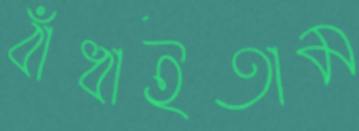
বাঁধাইতাম